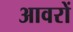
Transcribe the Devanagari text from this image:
आवरों